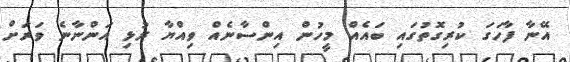
އޭނާ ފާހަގަ ކުރިގޮތުގައި ބައެއް މީހުން އިންސާނެއް ވިއްޔާ ރުޅި އަންނާނެ ވަރަށް